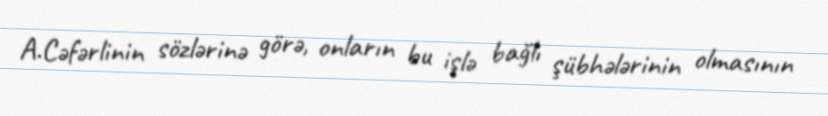
A.Cəfərlinin sözlərinə görə, onların bu işlə bağlı şübhələrinin olmasının